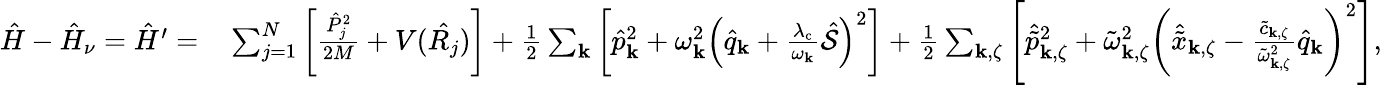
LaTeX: \begin{array}{rl}{\hat{H}-\hat{H}_{\nu}=\hat{H}^{\prime}=}&{{}\sum_{j=1}^{N}\left[\frac{\hat{P}_{j}^{2}}{2M}+V(\hat{R_{j}})\right]+\frac{1}{2}\sum_{\mathbf{k}}\left[\hat{p}_{\mathrm{\mathbf{k}}}^{2}+\omega_{\mathbf{k}}^{2}\left(\hat{q}_{\mathrm{\mathbf{k}}}+\frac{\lambda_{\mathrm{c}}}{\omega_{\mathbf{k}}}\hat{\mathcal{S}}\right)^{2}\right]+\frac{1}{2}\sum_{\mathbf{k},\zeta}\left[\hat{\tilde{p}}_{\mathbf{k},\zeta}^{2}+\tilde{\omega}_{\mathbf{k},\zeta}^{2}\left(\hat{\tilde{x}}_{\mathbf{k},\zeta}-\frac{\tilde{c}_{\mathbf{k},\zeta}}{\tilde{\omega}_{\mathbf{k},\zeta}^{2}}\hat{q}_{\mathrm{\mathbf{k}}}\right)^{2}\right],}\end{array}